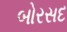
બોરસદ